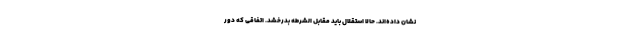
نشان داده‌اند. حالا استقلال باید مقابل الشرطه بدرخشد. اتفاقی که دور